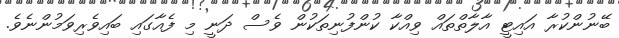
ބޭނުންކުރާ އައިޓީ އާލާތްތައް ވިއްކާ ކުންފުނިތަކުން ވެސް ދަނީ މި ފެއާގައި ބައިވެރިވަމުންނެވެ.